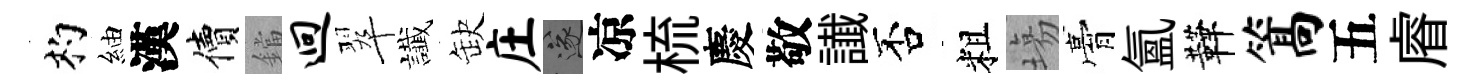
杓紬漢價鐺迥翠䜟缺庄遂凉梳慶敬䜟否粗塲膏氲鞾篙五𥈠